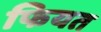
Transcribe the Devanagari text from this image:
फियत